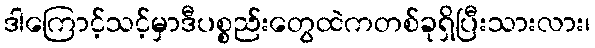
ဒါကြောင့်သင့်မှာဒီပစ္စည်းတွေထဲကတစ်ခုရှိပြီးသားလား၊